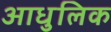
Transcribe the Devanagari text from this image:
आधुलिक